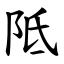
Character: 阺